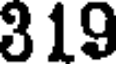
319